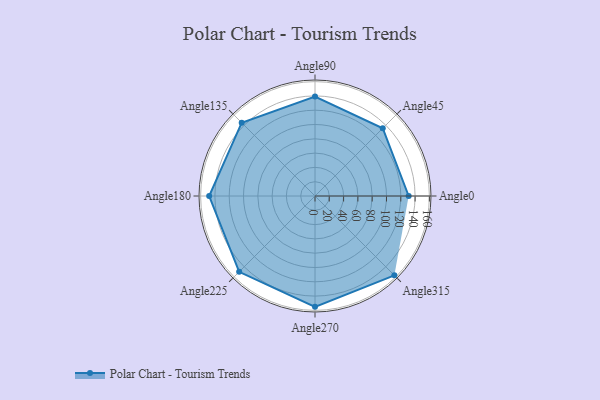
{"axis": {"x": "Angle", "y": "Radius"}, "legend": [""], "data": [{"x": "Angle0", "y": 131.0, "type": ""}, {"x": "Angle45", "y": 134.0, "type": ""}, {"x": "Angle90", "y": 139.0, "type": ""}, {"x": "Angle135", "y": 145.0, "type": ""}, {"x": "Angle180", "y": 148.0, "type": ""}, {"x": "Angle225", "y": 150.0, "type": ""}, {"x": "Angle270", "y": 155.0, "type": ""}, {"x": "Angle315", "y": 157.0, "type": ""}]}